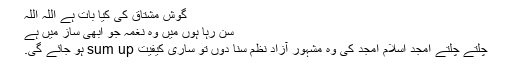
گوش مشتاق کی کیا بات ہے اللہ اللہ
سن رہا ہوں میں وہ نغمہ جو ابھی ساز میں ہے
چلتے چلتے امجد اسلام امجد کی وہ مشہور آزاد نظم سنا دوں تو ساری کیفیت sum up ہو جائے گی.